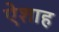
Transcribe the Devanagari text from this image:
ऐशाह